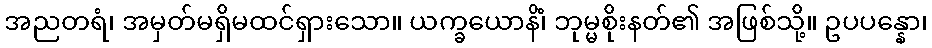
အညတရံ၊ အမှတ်မရှိမထင်ရှားသော။ ယက္ခယောနိံ၊ ဘုမ္မစိုးနတ်၏ အဖြစ်သို့။ ဥပပန္နော၊